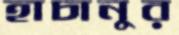
হাচানুর